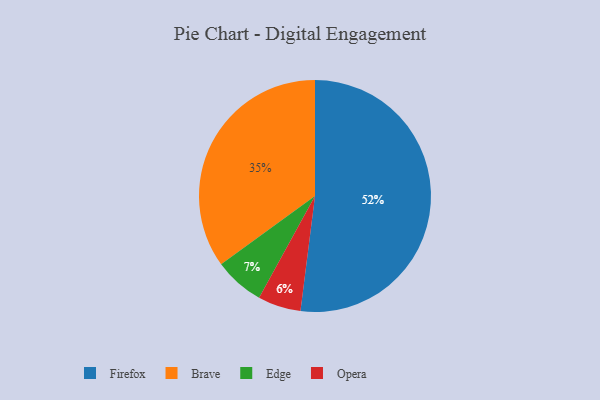
{"axis": {"x": "Category", "y": "Percentage"}, "legend": ["Brave", "Edge", "Firefox", "Opera"], "data": [{"x": "Opera", "y": 6, "type": "Opera"}, {"x": "Firefox", "y": 52, "type": "Firefox"}, {"x": "Edge", "y": 7, "type": "Edge"}, {"x": "Brave", "y": 35, "type": "Brave"}]}